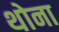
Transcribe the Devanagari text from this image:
थोना